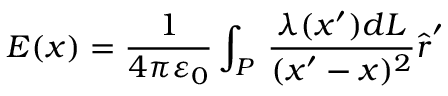
{ \boldsymbol { E } } ( { \boldsymbol { x } } ) = { \frac { 1 } { 4 \pi \varepsilon _ { 0 } } } \int _ { P } \, { \frac { \lambda ( { \boldsymbol { x } } ^ { \prime } ) d L } { ( { \boldsymbol { x } } ^ { \prime } - { \boldsymbol { x } } ) ^ { 2 } } } { \hat { \boldsymbol { r } } } ^ { \prime }